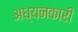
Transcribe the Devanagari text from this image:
अध्यनकारी